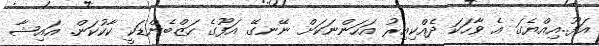
އަފޫ..އިއްޔެގަ އެ ވާހަކަ ދެއްކިއިރު އަހަންނަކަށް ނޭނގޭ އަފޫގެ ހަޒްބެންޑަކީ ކާކުކަން. އައިޝާ